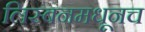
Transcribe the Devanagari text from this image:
लिस्बनमधूनच